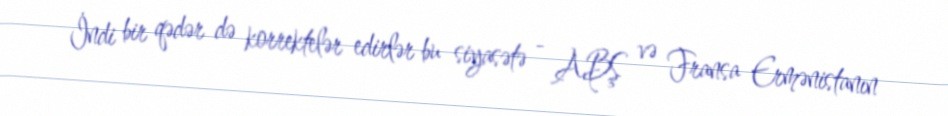
İndi bir qədər də korrektelər edirlər bu siyasətə - ABŞ və Fransa Ermənistanın